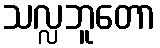
သလ္လဘူတော